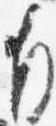
自